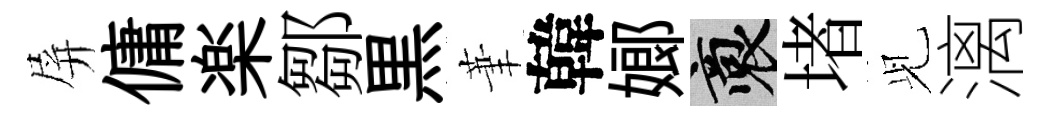
屏傭楽鄒黒茟韓嫏裔堵𫤗漓